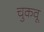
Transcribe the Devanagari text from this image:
चुकवू